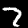
Digit: 7